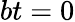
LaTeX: bt=0